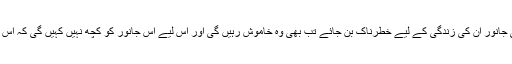
کیا مینکا گاندھی یہ بتا سکتی ہیں کہ اگر کوئی جانور ان کی زندگی کے لیے خطرناک بن جائے تب بھی وہ خاموش رہیں گی اور اس لیے اس جانور کو کچھ نہیں کہیں گی کہ اس کے حقوق کی خلاف ورزی نہیں ہونی چاہیے۔